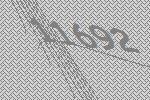
11692